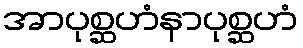
အာပုစ္ဆဟံနာပုစ္ဆဟံ